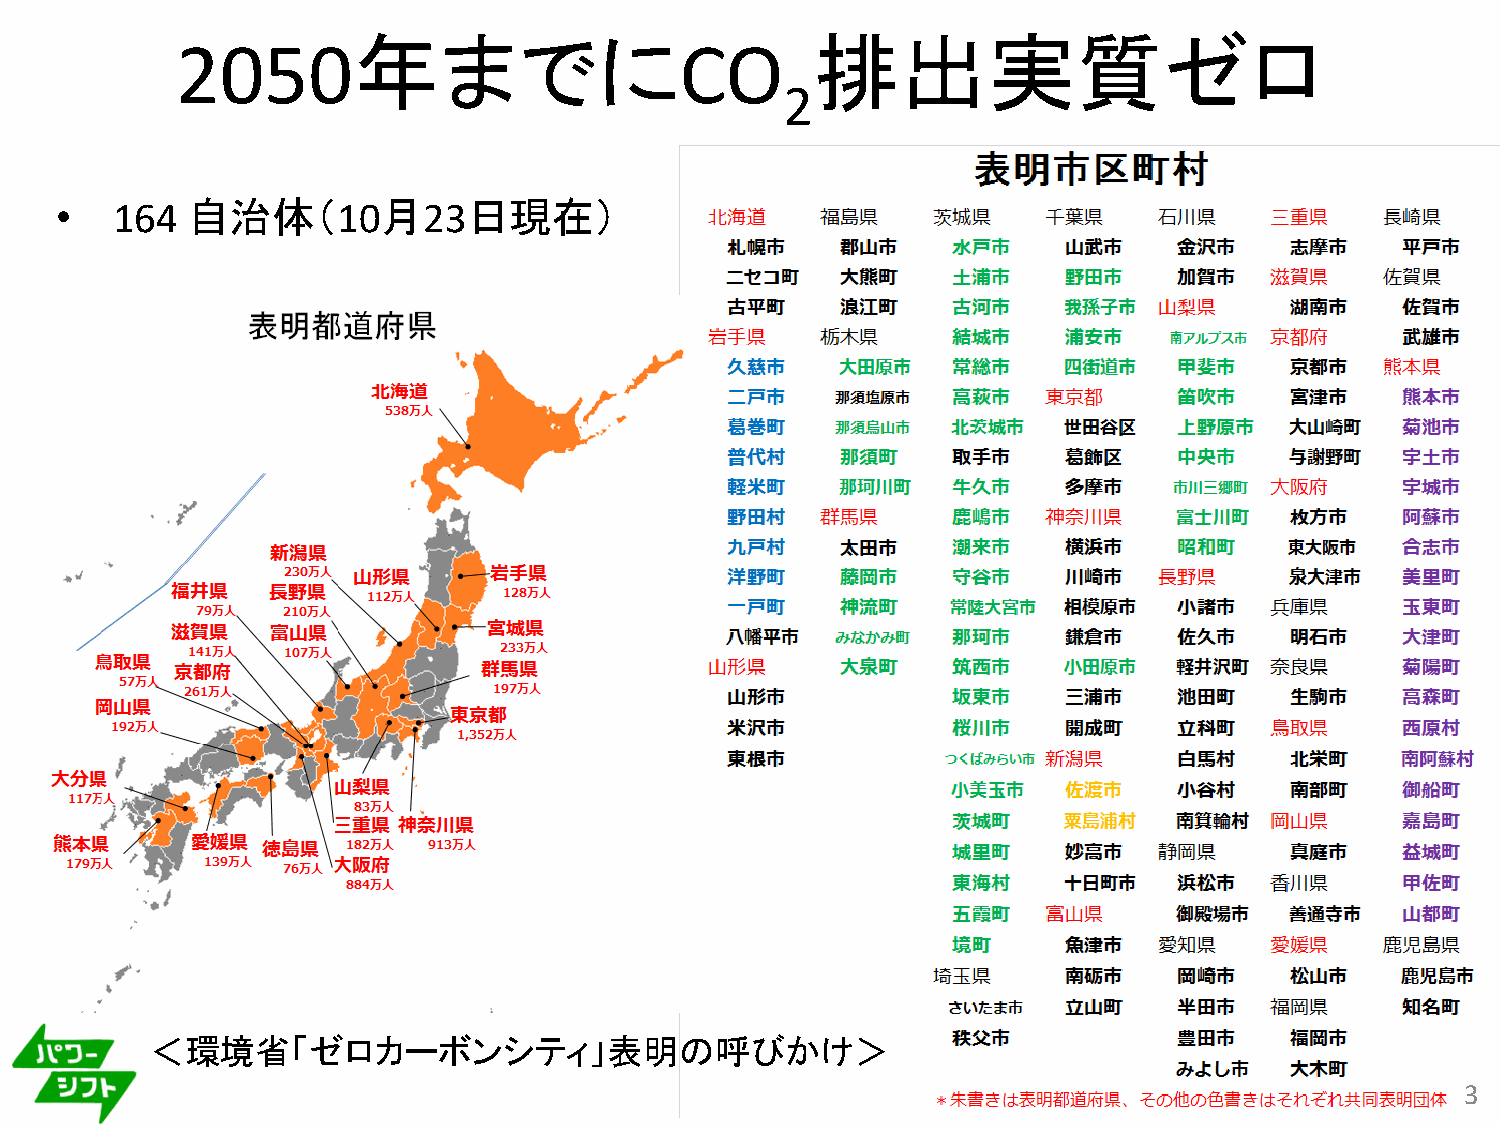
年までに                           排出実質ゼロ
 2050                             CO
 2
 •  164  自治体（10月23日現在）
 ＜環境省「ゼロカーボンシティ」表明の呼びかけ＞
 3